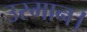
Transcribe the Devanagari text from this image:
उस्मान।